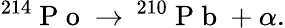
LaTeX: ^{214}\mathrm{~P~o~}\to\, ^{210}\mathrm{~P~b~}+\alpha.